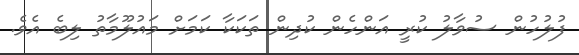
ފުލުހުން ސުވާލު ކުރީ އަންހެން ކުދިން ތަކަކާ ކަމަށް މައުލޫމާތު ލިބެ އެވެ.